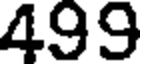
499